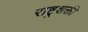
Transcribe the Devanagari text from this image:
राष्ट्रशक्ती